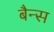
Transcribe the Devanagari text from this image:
बैन्स